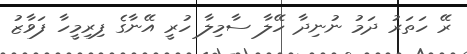
ރޭ ހަތަރު ދަމު ނުނިދާ ހޭލާ ސާމިލާ ހުރީ އޭނާގެ ފިރިމީހާ ފަވާޒު